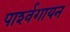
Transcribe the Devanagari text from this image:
पार्श्‍वगायन